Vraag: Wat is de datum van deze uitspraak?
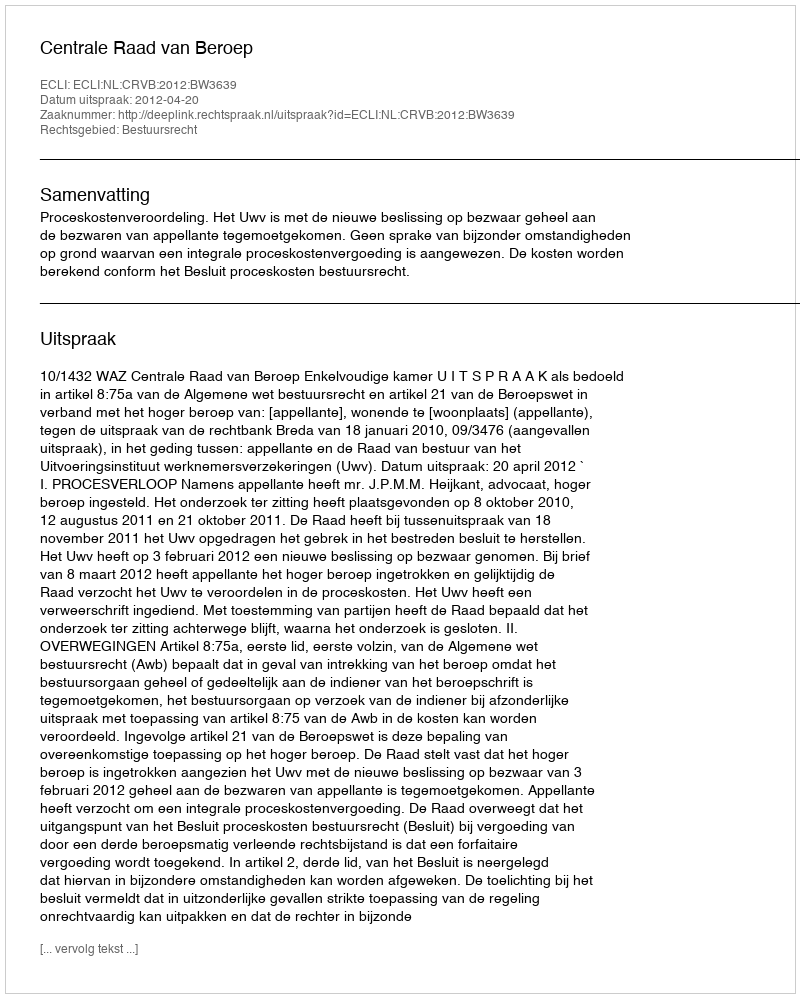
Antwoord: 2012-04-20